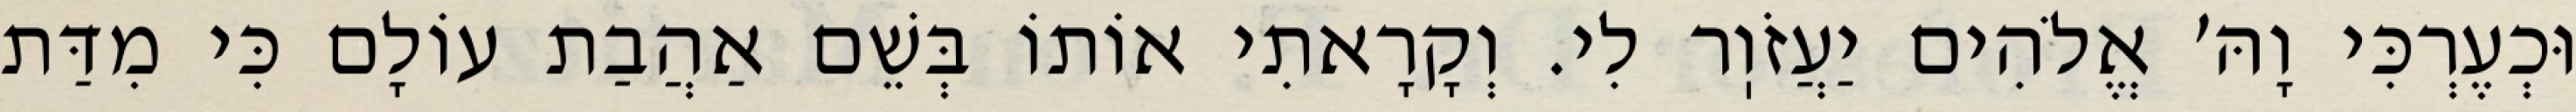
וּכְעֶרְכִּי וָהּ׳ אֱלֹהִים יַעֲזֹוֽר לִי. וְקָרָאתִי אוֹתוֹ בְּשֵׁם אַהֲבַת עוֹלָם כִּי מִדַּת